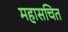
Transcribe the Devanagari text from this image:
महासचित